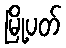
မြို့ပတ်